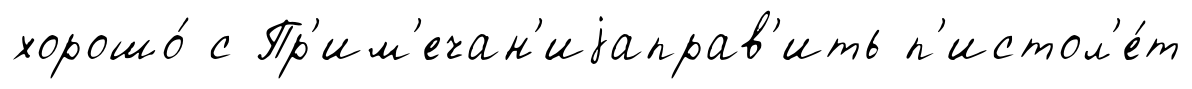
хорошо́ с Пр'им'ечан'иjаправ'ить п'истол'е́т